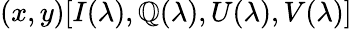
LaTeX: (x,y)[I(\lambda),\mathbb{Q}(\lambda),U(\lambda),V(\lambda)]